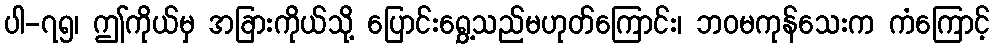
ပါ-၇၅၊ ဤကိုယ်မှ အခြားကိုယ်သို့ ပြောင်းရွှေ့သည်မဟုတ်ကြောင်း၊ ဘဝမကုန်သေးက ကံကြောင့်